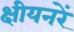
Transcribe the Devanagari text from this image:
क्षीयनरें